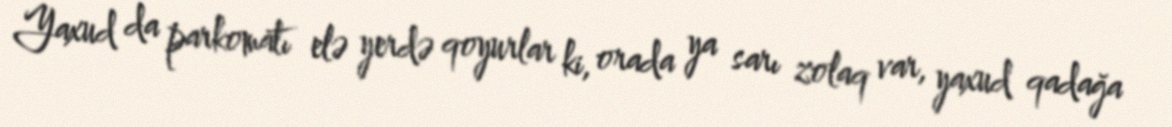
Yaxud da parkomatı elə yerdə qoyurlar ki, orada ya sarı zolaq var, yaxud qadağa